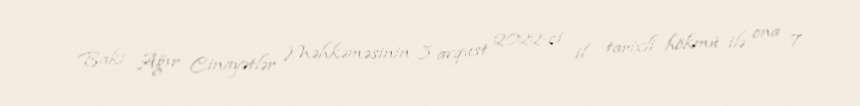
Bakı Ağır Cinayətlər Məhkəməsinin 3 avqust 2022-ci il tarixli hökmü ilə ona 7